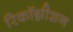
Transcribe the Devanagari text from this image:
रिकाॅग्नीशन